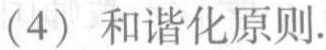
（4）和谐化原则.